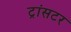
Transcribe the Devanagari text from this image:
ट्रांसटर